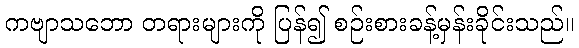
ကဗျာသဘော တရားများကို ပြန်၍ စဉ်းစားခန့်မှန်းခိုင်းသည်။